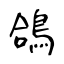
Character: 鴿